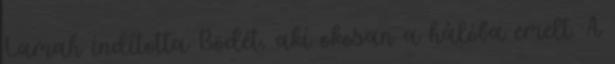
Lamah indította Bödét, aki okosan a hálóba emelt. A